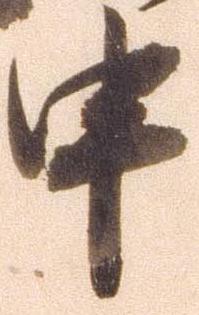
申